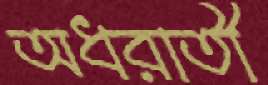
অধরাতী